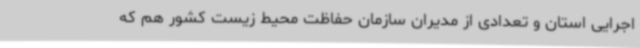
اجرایی استان و تعدادی از مدیران سازمان حفاظت محیط زیست کشور هم که